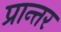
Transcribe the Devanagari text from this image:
प्रान्तर